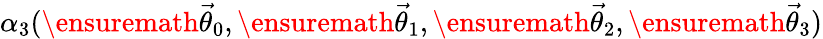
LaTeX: \alpha_{3}(\ensuremath{\vec{\theta}}_{0},\ensuremath{\vec{\theta}}_{1},\ensuremath{\vec{\theta}}_{2},\ensuremath{\vec{\theta}}_{3})